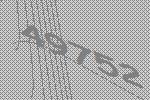
49752